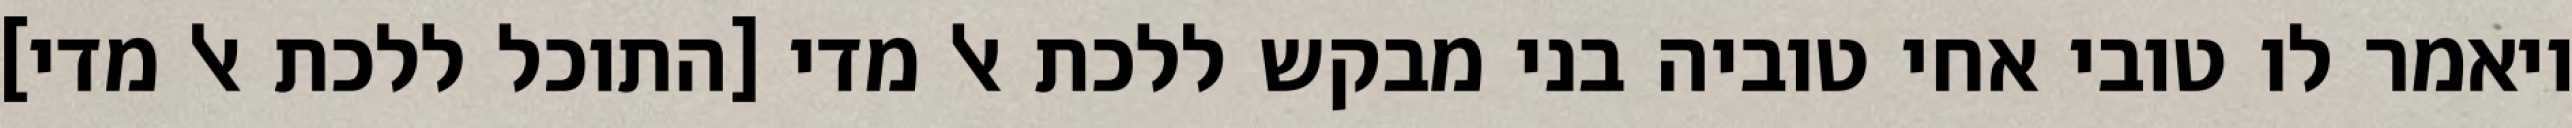
ויאמר לו טובי אחי טוביה בני מבקש ללכת אל מדי [התוכל ללכת אל מדי]